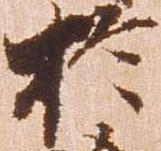
於